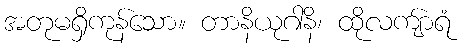
အတုမရှိကုန်သော။ တာနိယုဂါနိ၊ ထိုလကျ်ာရံ